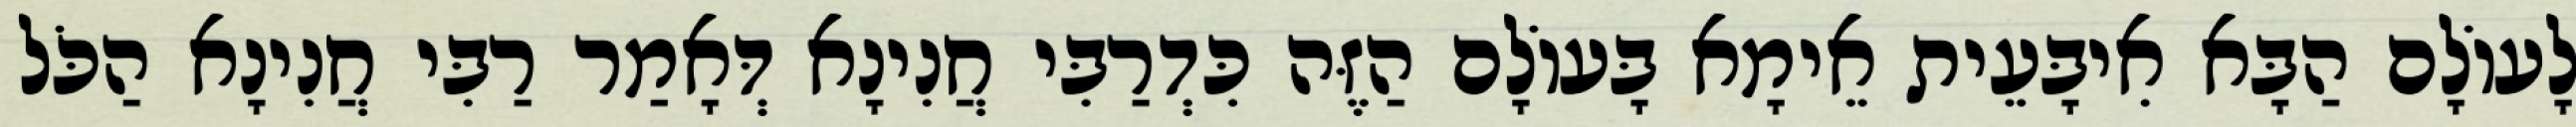
לָעוֹלָם הַבָּא אִיבָּעֵית אֵימָא בָּעוֹלָם הַזֶּה כִּדְרַבִּי חֲנִינָא דְּאָמַר רַבִּי חֲנִינָא הַכֹּל